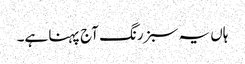
ہاں یہ سبز رنگ آج پہنا ہے۔